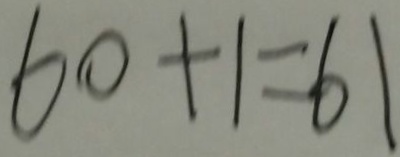
6 0 + 1 = 6 1